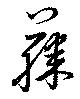
藤